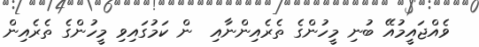
ވެއްޖައީމުއޭ ބުނި މީހުންގެ ތެރެއިންނާއި  ން ކަމުގައިވި މީހުންގެ ތެރެއިން